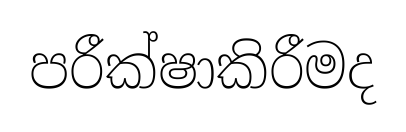
පරීක්ෂාකිරීමද